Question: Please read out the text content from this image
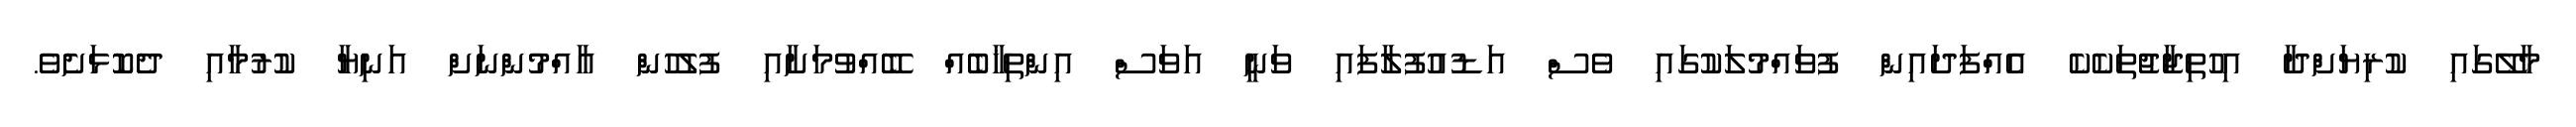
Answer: މާލޭގައި ކުރިޔަށްދާ އިހުތިޖާޖުތަކެކެ އެއްފަދައިން ފުވައްމުލަކުގައި ވެސް އަޑުއުފުލާފައި ވަނީ އަވަސް އިންތިޚާބެއް ބޭއްވުމަށާއި ފުލުހުން އާއްމުންނަށް އަނިޔާ ކުރުމާއި ދެކޮޅަށެވެ.